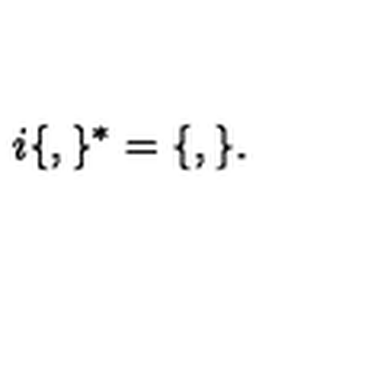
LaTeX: i \lbrace , \rbrace ^ { \ast } = \lbrace , \rbrace .